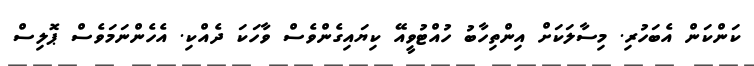
ކަންކަން އެބަހުރި. މިސާލަކަށް އިންތިހާބު ހުއްޓުވީއޭ ކިޔައިގެންވެސް ވާހަކަ ދެއްކި. އެހެންނަމަވެސް ޕޮލިސް